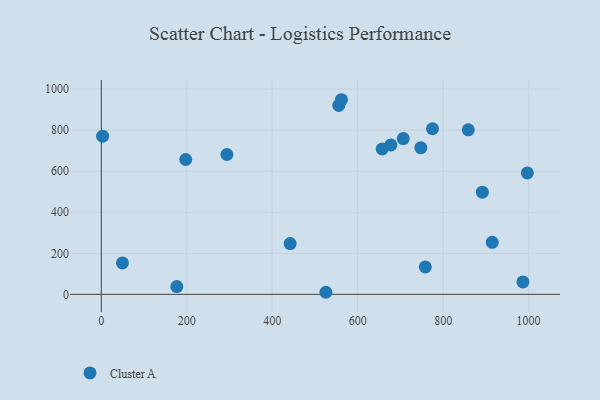
{"axis": {"x": "Speed", "y": "Yield"}, "legend": ["Cluster A"], "data": [{"x": "858.8", "y": 801.6, "type": "Cluster A"}, {"x": "197.6", "y": 657.1, "type": "Cluster A"}, {"x": "562.0", "y": 948.3, "type": "Cluster A"}, {"x": "775.1", "y": 806.8, "type": "Cluster A"}, {"x": "49.5", "y": 153.2, "type": "Cluster A"}, {"x": "657.3", "y": 708.1, "type": "Cluster A"}, {"x": "677.7", "y": 727.9, "type": "Cluster A"}, {"x": "891.7", "y": 497.7, "type": "Cluster A"}, {"x": "294.0", "y": 681.4, "type": "Cluster A"}, {"x": "706.6", "y": 759.0, "type": "Cluster A"}, {"x": "555.7", "y": 920.7, "type": "Cluster A"}, {"x": "986.6", "y": 60.4, "type": "Cluster A"}, {"x": "758.2", "y": 133.7, "type": "Cluster A"}, {"x": "525.6", "y": 10.1, "type": "Cluster A"}, {"x": "3.1", "y": 770.8, "type": "Cluster A"}, {"x": "747.8", "y": 714.9, "type": "Cluster A"}, {"x": "914.8", "y": 253.6, "type": "Cluster A"}, {"x": "997.1", "y": 591.5, "type": "Cluster A"}, {"x": "441.9", "y": 247.4, "type": "Cluster A"}, {"x": "176.7", "y": 37.9, "type": "Cluster A"}]}